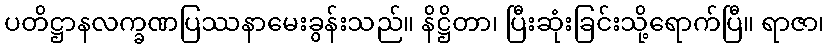
ပတိဋ္ဌာနလက္ခဏပြဿနာမေးခွန်းသည်။ နိဋ္ဌိတာ၊ ပြီးဆုံးခြင်းသို့ရောက်ပြီ။ ရာဇာ၊